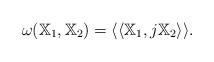
LaTeX: \begin{align*}\omega(\mathbb X_1 , \mathbb X_2) = \langle\langle\mathbb{X}_1, j \mathbb{X}_2\rangle\rangle.\end{align*}